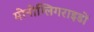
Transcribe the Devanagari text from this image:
मोनोग्लिगराइडों